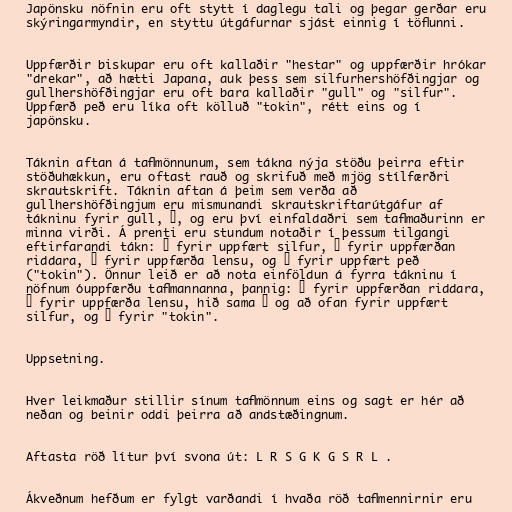
Japönsku nöfnin eru oft stytt í daglegu tali og þegar gerðar eru
skýringarmyndir, en styttu útgáfurnar sjást einnig í töflunni.

Uppfærðir biskupar eru oft kallaðir "hestar" og uppfærðir hrókar
"drekar", að hætti Japana, auk þess sem silfurhershöfðingjar og
gullhershöfðingjar eru oft bara kallaðir "gull" og "silfur".
Uppfærð peð eru líka oft kölluð "tokin", rétt eins og í
japönsku.

Táknin aftan á taflmönnunum, sem tákna nýja stöðu þeirra eftir
stöðuhækkun, eru oftast rauð og skrifuð með mjög stílfærðri
skrautskrift. Táknin aftan á þeim sem verða að
gullhershöfðingjum eru mismunandi skrautskriftarútgáfur af
tákninu fyrir gull, 金, og eru því einfaldaðri sem taflmaðurinn er
minna virði. Á prenti eru stundum notaðir í þessum tilgangi
eftirfarandi tákn: 全 fyrir uppfært silfur, 今 fyrir uppfærðan
riddara, 仝 fyrir uppfærða lensu, og 个 fyrir uppfært peð
("tokin"). Önnur leið er að nota einföldun á fyrra tákninu í
nöfnum óuppfærðu taflmannanna, þannig: 圭 fyrir uppfærðan riddara,
杏 fyrir uppfærða lensu, hið sama 全 og að ofan fyrir uppfært
silfur, og と fyrir "tokin".

Uppsetning.

Hver leikmaður stillir sínum taflmönnum eins og sagt er hér að
neðan og beinir oddi þeirra að andstæðingnum.

Aftasta röð lítur því svona út: L R S G K G S R L .

Ákveðnum hefðum er fylgt varðandi í hvaða röð taflmennirnir eru